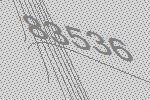
83536